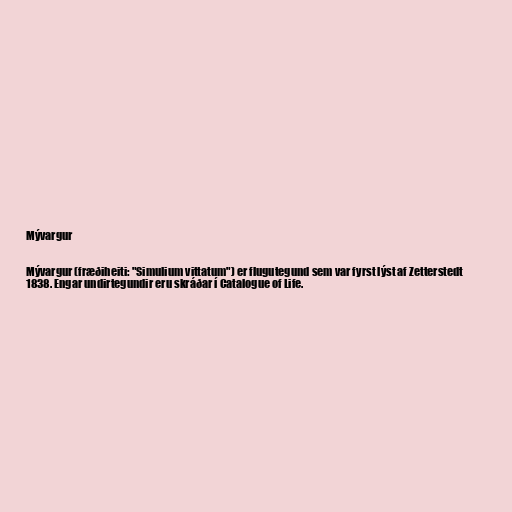
Mývargur

Mývargur (fræðiheiti: "Simulium vittatum") er flugutegund sem var fyrst lýst af Zetterstedt
1838. Engar undirtegundir eru skráðar í Catalogue of Life.